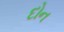
દોન